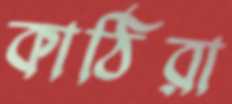
কাঠিরা